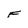
Character: F